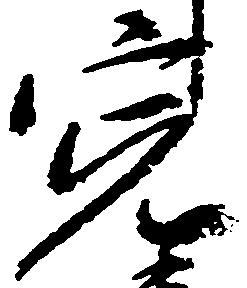
寛